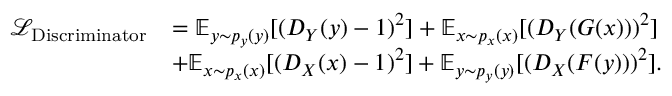
\begin{array} { r l } { \mathcal { L } _ { \mathrm { D i s c r i m i n a t o r } } } & { = \mathbb { E } _ { y \sim p _ { y } ( y ) } [ ( D _ { Y } ( y ) - 1 ) ^ { 2 } ] + \mathbb { E } _ { x \sim p _ { x } ( x ) } [ ( D _ { Y } ( G ( x ) ) ) ^ { 2 } ] } \\ & { + \mathbb { E } _ { x \sim p _ { x } ( x ) } [ ( D _ { X } ( x ) - 1 ) ^ { 2 } ] + \mathbb { E } _ { y \sim p _ { y } ( y ) } [ ( D _ { X } ( F ( y ) ) ) ^ { 2 } ] . } \end{array}